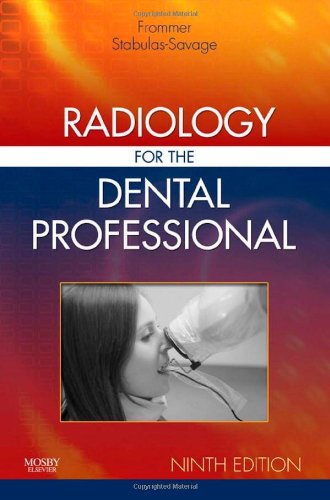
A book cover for Radiology for the Dental Professional, 9e; Herbert H. Frommer BA  DDS  FACD; Medical Books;